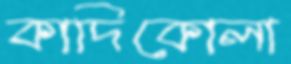
কাদিকোলা